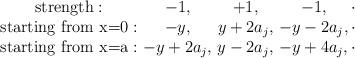
LaTeX: \begin{align*}\begin{array}{ccccc}\textrm{strength}: & \!\!\! -1, & \!\!\! +1, & \!\!\! -1, & \!\!\!\! \cdot \\ \textrm{starting from x=0}: & \!\!\! -y, & \!\!\! y+2a_j, & \!\!\! -y-2a_j, & \!\!\!\! \cdot \\\textrm{starting from x=a}: & \!\!\! -y+2a_j, & \!\!\! y-2a_j, & \!\!\! -y+4a_j, & \!\!\!\! \cdot\end{array}\end{align*}